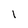
Character: 1